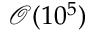
\mathcal { O } ( 1 0 ^ { 5 } )